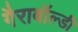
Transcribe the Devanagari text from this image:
गैराबॉल्डी